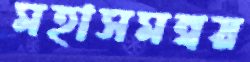
মহাসমন্বয়